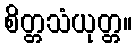
စိတ္တသံယုတ္တ။